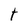
Character: t